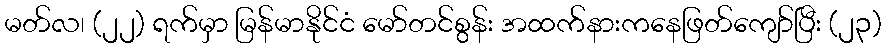
မတ်လ၊ (၂၂) ရက်မှာ မြန်မာနိုင်ငံ မော်တင်စွန်း အထက်နားကနေဖြတ်ကျော်ပြီး (၂၃)